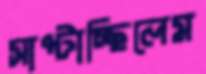
সাপ্‌টাচ্ছিলেম